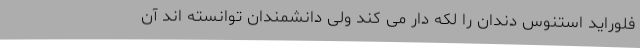
فلوراید استنوس دندان را لکه دار می کند ولی دانشمندان توانسته اند آن